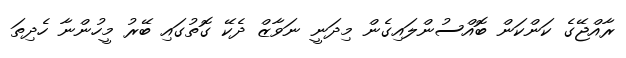
ރާއްޖޭގެ ކަންކަން ބޮއްސުންލަައިިގެން މިދަނީ ނަވާޒް ދެކޭ ގޮތުގައި ބޭރު މީހުންނާ ހެދިތަ